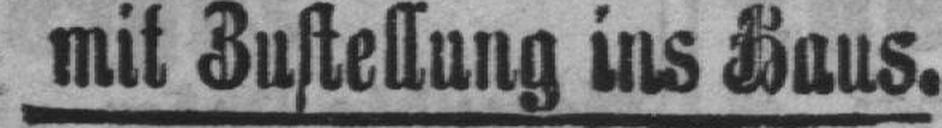
mit Zustellung ins Haus.